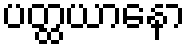
ပတ္ထယာနော